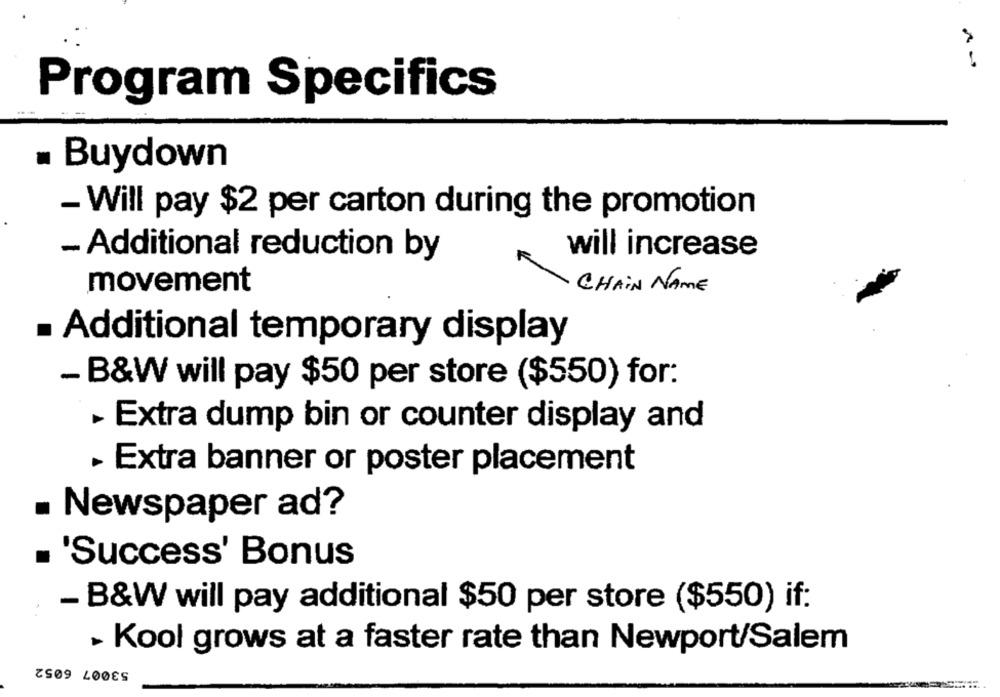
Program Specifics
Buydown
- Will pay $2 per carton during the promotion
- Additional reduction by
will increase
movement
CHAIN NAME
. Additional temporary display
- B&W will pay $50 per store ($550) for:
- Extra dump bin or counter display and
- Extra banner or poster placement
. Newspaper ad?
. 'Success' Bonus
- B&W will pay additional $50 per store ($550) if:
- Kool grows at a faster rate than Newport/Salem
53007 6052